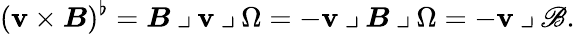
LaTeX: (\boldsymbol{\mathbf{v}}\times\boldsymbol{B})^{\flat}=\boldsymbol{B}\mathbin{\lrcorner}\boldsymbol{\mathbf{v}}\mathbin{\lrcorner}\Omega=-\boldsymbol{\mathbf{v}}\mathbin{\lrcorner}\boldsymbol{B}\mathbin{\lrcorner}\Omega=-\boldsymbol{\mathbf{v}}\mathbin{\lrcorner}\mathscr{{B}}.